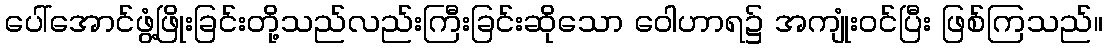
ပေါ်အောင်ဖွံ့ဖြိုးခြင်းတို့သည်လည်းကြီးခြင်းဆိုသော ဝေါဟာရ၌ အကျုံးဝင်ပြီး ဖြစ်ကြသည်။